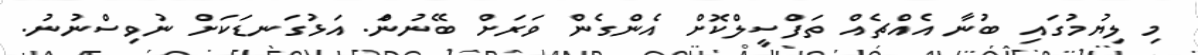
މި ލިޔުމުގައި ބުނާ އެއްޗެއް ތަފްސީލްކޮށް އެންގެން ވަރަށް ބޭނުންަ. އަޅުގަނޑަކަށް ނުވިސްނުނު.